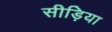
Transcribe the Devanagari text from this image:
सीड़िया